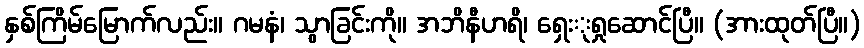
နှစ်ကြိမ်မြောက်လည်း။ ဂမနံ၊ သွာခြင်းကို။ အဘိနီဟရိ၊ ရှေးုရှုဆောင်ပြီ။ (အားထုတ်ပြီ။)